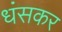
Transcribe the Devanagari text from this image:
धंसकर